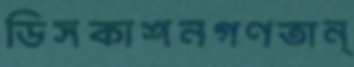
ডিসকাশনগণতান্